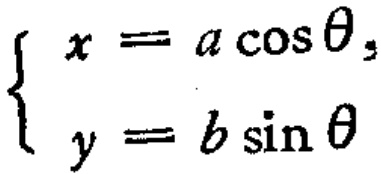
\(\begin{cases}
x = a\cos\theta,\\
y = b\sin\theta
\end{cases}\)